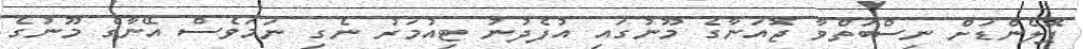
ޕޮލެންޑަށް ނިސްބަތްވާ ޖޮއަނާގެ މޫނުގައި އުފެދުނު ޓިއުމަރު ނެގި ނަމަވެސް އޭނާގެ މޫނުގެ